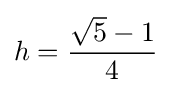
h={\frac {{\sqrt {5}}-1}{4}}\